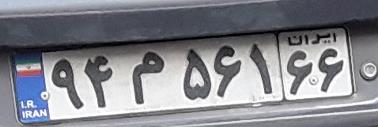
۹۴م۵۶۱۶۶